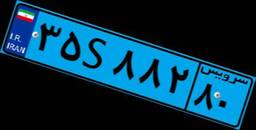
۳۵S۸۸۲۸۰